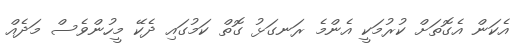
އެކަން އެގޮތަށް ކުރުމަކީ އެންމެ ރަނގަޅު ގޮތް ކަމުގައި ދެކޭ މީހުންވެސް މަދެއް